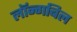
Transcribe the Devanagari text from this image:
लॉन्गबिल